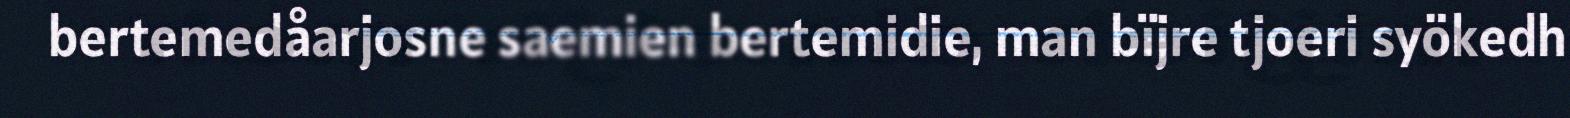
bertemedåarjosne saemien bertemidie, man bïjre tjoeri syökedh